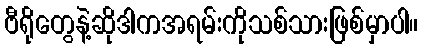
ဗီရိုတွေနဲ့ဆိုဒါကအရမ်းကိုသစ်သားဖြစ်မှာပါ။